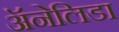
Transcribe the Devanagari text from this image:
ॲनेलिडा